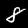
Digit: 8